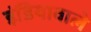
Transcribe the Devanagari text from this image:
इंडियावाले